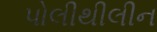
પોલીથીલીન